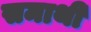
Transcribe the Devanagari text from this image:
समाथी